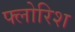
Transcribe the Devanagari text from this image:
फ्लोरिश